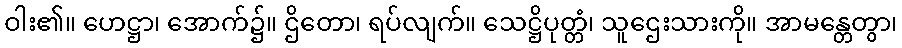
ဝါး၏။ ဟေဋ္ဌာ၊ အောက်၌။ ဌိတော၊ ရပ်လျက်။ သေဋ္ဌိပုတ္တံ၊ သူဌေးသားကို။ အာမန္တေတွာ၊